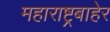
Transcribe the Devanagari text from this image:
महाराष्ट्रबाहेर